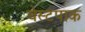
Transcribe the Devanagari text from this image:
वेस्टपाक